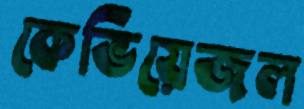
কেভিয়েজল